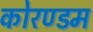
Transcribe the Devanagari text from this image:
कोरण्डम